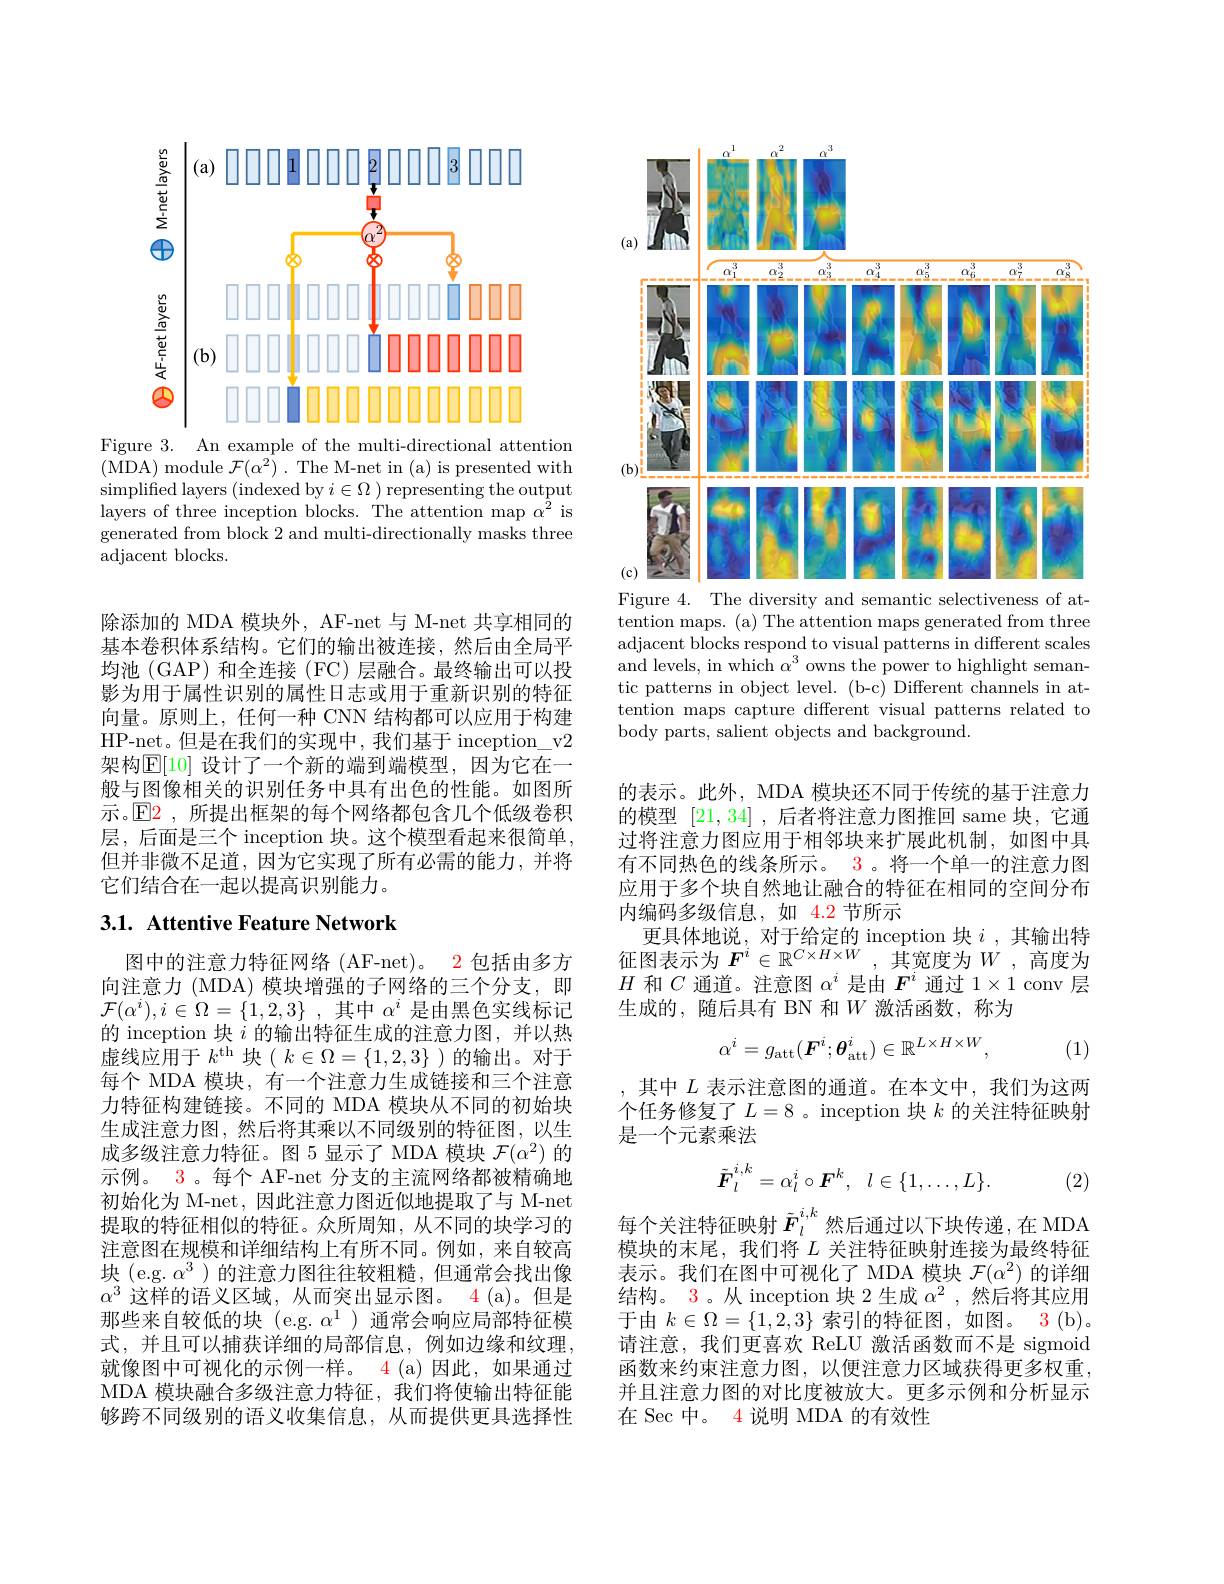
<FigureHere>
Figure 3. An example of the multi-directional attention

( MDA) module $\mathcal{F} ( \alpha ^{2}) . $The M-net in (a) is presented with simplified layers ( indexed by $i\in \Omega )$ representing the output layers of three inception blocks. The attention map $\alpha^{\hat{2}}$ is generated from block 2 and multi-directionally masks three $\bar{\text{adjacent blocks.}}$

除添加的 MDA 模块外，AF-net 与 M-net 共享相同的基本卷积体系结构。它们的输出被连接，然后由全局平均池 (GAP) 和全连接 (FC) 层融合。最终输出可以投影为用于属性识别的属性日志或用于重新识别的特征向量。原则上，任何一种 CNN 结构都可以应用于构建HP-net。但是在我们的实现中，我们基于 inception\_v2架构$\mathbb{E}[10]$ 设计了一个新的端到端模型，因为它在一般与图像相关的识别任务中具有出色的性能。如图所示。$\operatorname{E2}$,所提出框架的每个网络都包含几个低级卷积层，后面是三个 inception 块。这个模型看起来很简单， 但并非微不足道，因为它实现了所有必需的能力，并将它们结合在一起以提高识别能力。

## 3.1. Attentive Feature Network

图中的注意力特征网络(AF-net)。2 包括由多方向注意力 (MDA) 模块增强的子网络的三个分支，即$\mathcal{F} ( \alpha ^{i}) , i\in \Omega = \{ 1, 2, 3\}$ ,其中$\alpha^i$是由黑色实线标记的 inception 块$i$的输出特征生成的注意力图，并以热虚线应用于$k^\mathrm{th}$块( $k\in \Omega = \{ 1, 2, 3\}$ )的输出。对于每个 MDA 模块，有一个注意力生成链接和三个注意力特征构建链接。不同的 MDA 模块从不同的初始块生成注意力图，然后将其乘以不同级别的特征图，以生成多级注意力特征。图 5 显示了 MDA 模块$\mathcal{F}(\alpha^2)$的示例。3。每个 AF-net 分支的主流网络都被精确地初始化为 M-net, 因此注意力图近似地提取了与 M-net 提取的特征相似的特征。众所周知，从不同的块学习的注意图在规模和详细结构上有所不同。例如，来自较高块 (e.g. $\alpha^3$ )的注意力图往往较粗糙，但通常会找出像$\alpha^3$这样的语义区域，从而突出显示图。4 (a)。但是那些来自较低的块 (e.g. $\alpha^1$ ) 通常会响应局部特征模式，并且可以捕获详细的局部信息，例如边缘和纹理， 就像图中可视化的示例一样。4 (a)因此，如果通过MDA 模块融合多级注意力特征，我们将使输出特征能够跨不同级别的语义收集信息，从而提供更具选择性

<FigureHere>
Figure 4. The diversity and semantic selectiveness of at-

tention maps. (a) The attention maps generated from three adjacent blocks respond to visual patterns in different scales and levels, in which $\alpha^3$ owns the power to highlight semantic patterns in object level. (b-c) Different channels in attention maps capture different visual patterns related to body parts, salient objects and background.

的表示。此外，MDA 模块还不同于传统的基于注意力的模型[21,34] ,后者将注意力图推回 same 块，它通过将注意力图应用于相邻块来扩展此机制，如图中具有不同热色的线条所示。3。将一个单一的注意力图应用于多个块自然地让融合的特征在相同的空间分布内编码多级信息，如 4.2 节所示
更具体地说，对于给定的 inception 块$i$ ,其输出特征图表示为$F^i\in\mathbb{R}^{C\times H\times W}$,其宽度为$W$,高度为$H$和$C$通道。注意图$\alpha^i$是由$F^i$通过$1\times1$ conv 层生成的，随后具有 BN 和$W$激活函数，称为
$$\alpha^i=g_{\mathrm{att}}(\boldsymbol{F}^i;\boldsymbol{\theta}_{\mathrm{att}}^i)\in\mathbb{R}^{L\times H\times W},$$
(1)

其中$L$表示注意图的通道。在本文中，我们为这两个任务修复了$L=8$。inception 块$k$ 的关注特征映射是一个元素乘法

(2)
$$\tilde{\boldsymbol{F}}_{l}^{i,k}=\alpha_{l}^{i}\circ\boldsymbol{F}^{k},\:l\in\{1,\ldots,L\}.$$
每个关注特征映射$\tilde{F}_l^{i,k}$然后通过以下块传递，在 MDA

模块的末尾，我们将$L$关注特征映射连接为最终特征表示。我们在图中可视化了 MDA 模块$\mathcal{F}(\alpha^2)$的详细结构。3。从 inception 块 2 生成$\alpha^{2}$ ,然后将其应用于由$k\in\Omega=\{1,2,3\}$索引的特征图，如图。3(b)。请注意，我们更喜欢 ReLU 激活函数而不是 sigmoid 函数来约束注意力图，以便注意力区域获得更多权重， 并且注意力图的对比度被放大。更多示例和分析显示在 Sec 中。4 说明 MDA 的有效性